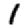
Digit: 1